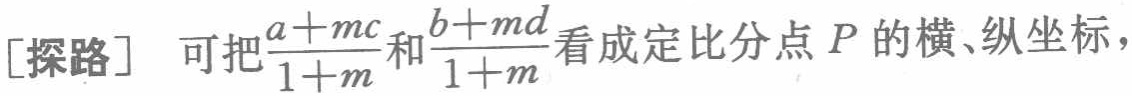
[探路] 可把$\frac{a + mc}{1 + m}$和$\frac{b + md}{1 + m}$看成定比分点$P$的横、纵坐标，